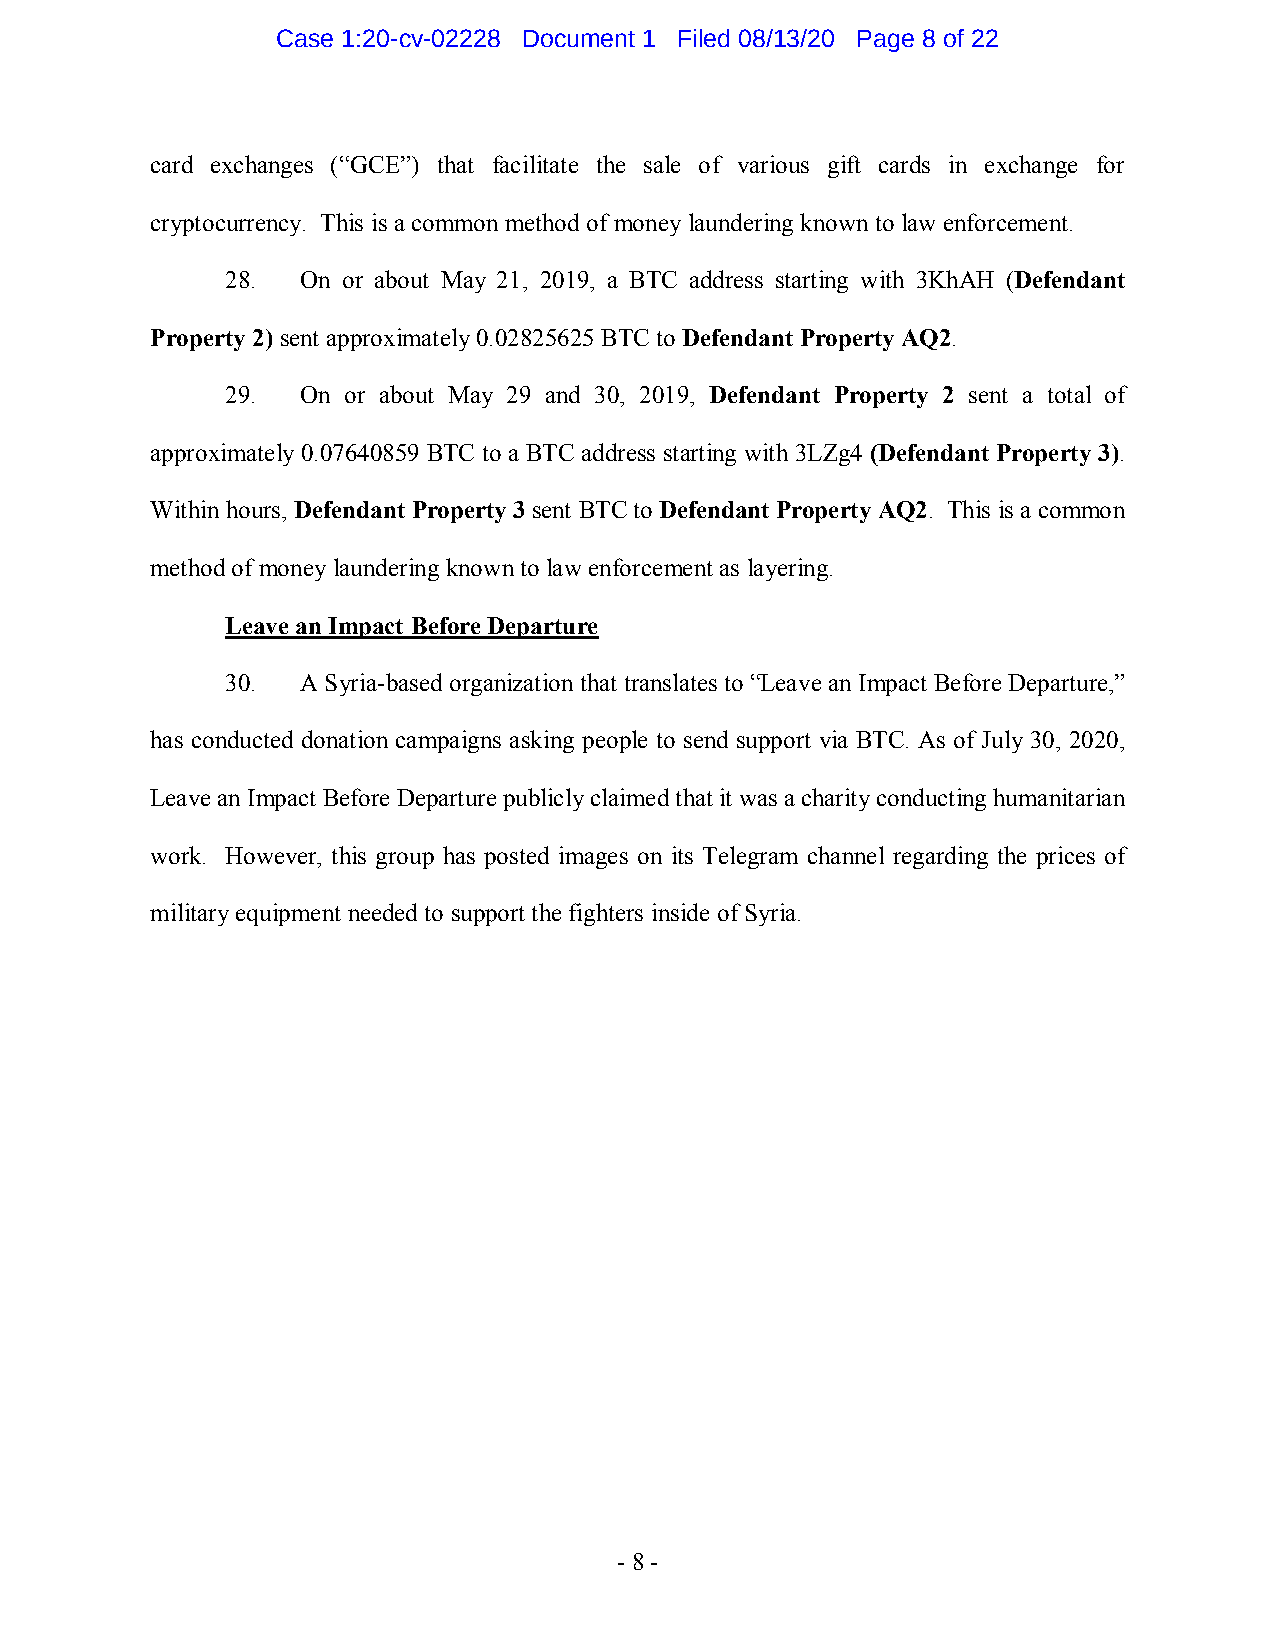
Case 1:20-cv-02228 Document 1 Filed 08/13/20 Page 8 of 22
 card exchanges (“GCE”) that facilitate the sale of various gift cards in exchange for
 cryptocurrency. This is a common method of money laundering known to law enforcement.
 28.  On or about May 21, 2019, a BTC address starting with 3KhAH (Defendant
 Property 2) sent approximately 0.02825625 BTC to Defendant Property AQ2.
 29.  On or about May 29 and 30, 2019, Defendant Property 2 sent a total of
 approximately 0.07640859 BTC to a BTC address starting with 3LZg4 (Defendant Property 3).
 Within hours, Defendant Property 3 sent BTC to Defendant Property AQ2. This is a common
 method of money laundering known to law enforcement as layering.
 Leave an Impact Before Departure
 30.  A Syria-based organization that translates to “Leave an Impact Before Departure,”
 has conducted donation campaigns asking people to send support via BTC. As of July 30, 2020,
 Leave an Impact Before Departure publicly claimed that it was a charity conducting humanitarian
 work. However, this group has posted images on its Telegram channel regarding the prices of
 military equipment needed to support the fighters inside of Syria.
 - 8 -